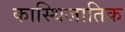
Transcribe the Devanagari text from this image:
कास्थिजातिक